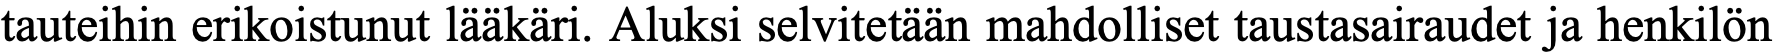
tauteihin erikoistunut lääkäri. Aluksi selvitetään mahdolliset taustasairaudet ja henkilön